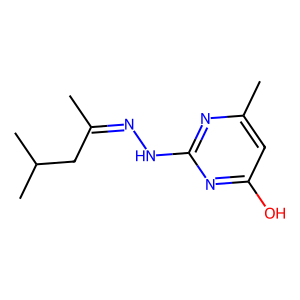
SMILES: CC(CC(C)C)=NNc1nc(C)cc(O)n1
Inhibits HIV replication: No